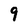
Character: 9